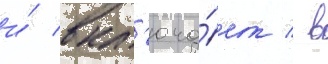
и́ вкл'юча́ет / в